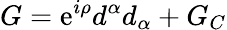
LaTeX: G=\mathrm{e}^{i\rho}d^{\alpha}d_{\alpha}+G_{C}